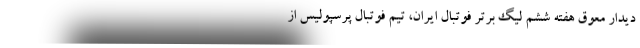
دیدار معوق هفته ششم لیگ برتر فوتبال ایران، تیم فوتبال پرسپولیس از